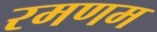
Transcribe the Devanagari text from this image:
रमणम